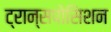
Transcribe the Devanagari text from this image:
ट्रान्सपोसिशन